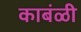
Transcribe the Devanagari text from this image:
काबंळी